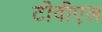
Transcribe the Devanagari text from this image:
टीवीएल